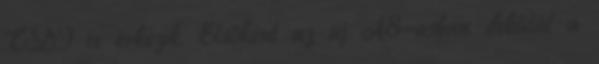
TDI is érkezik. Elsőként az új A8-asban debütál a